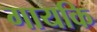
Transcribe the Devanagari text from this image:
गायकि